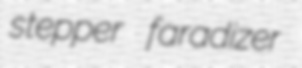
stepper faradizer